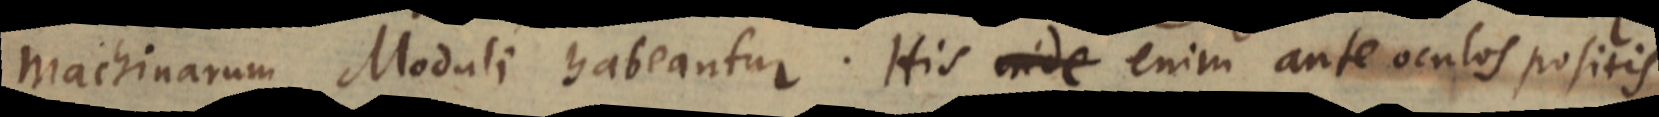
machinarum Moduli habeantur. His inde enim ante oculos positis